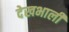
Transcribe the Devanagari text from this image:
देखभाली